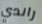
راندي